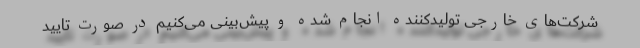
شرکت‌های خارجی تولیدکننده انجام شده و پیش‌بینی می‌کنیم در صورت تایید